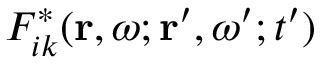
F _ { i k } ^ { * } ( \mathbf { r } , \omega ; \mathbf { r } ^ { \prime } , \omega ^ { \prime } ; t ^ { \prime } )